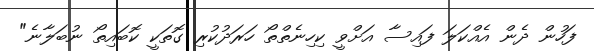
ފަހުން ދެން އެއްކަލަ ފައިސާ އަށްވީ ކިހިނެތްތޯ ހަރަދުކުރި ގޮތަކީ ކޮބައިތޯ ނުބަލާނެ"